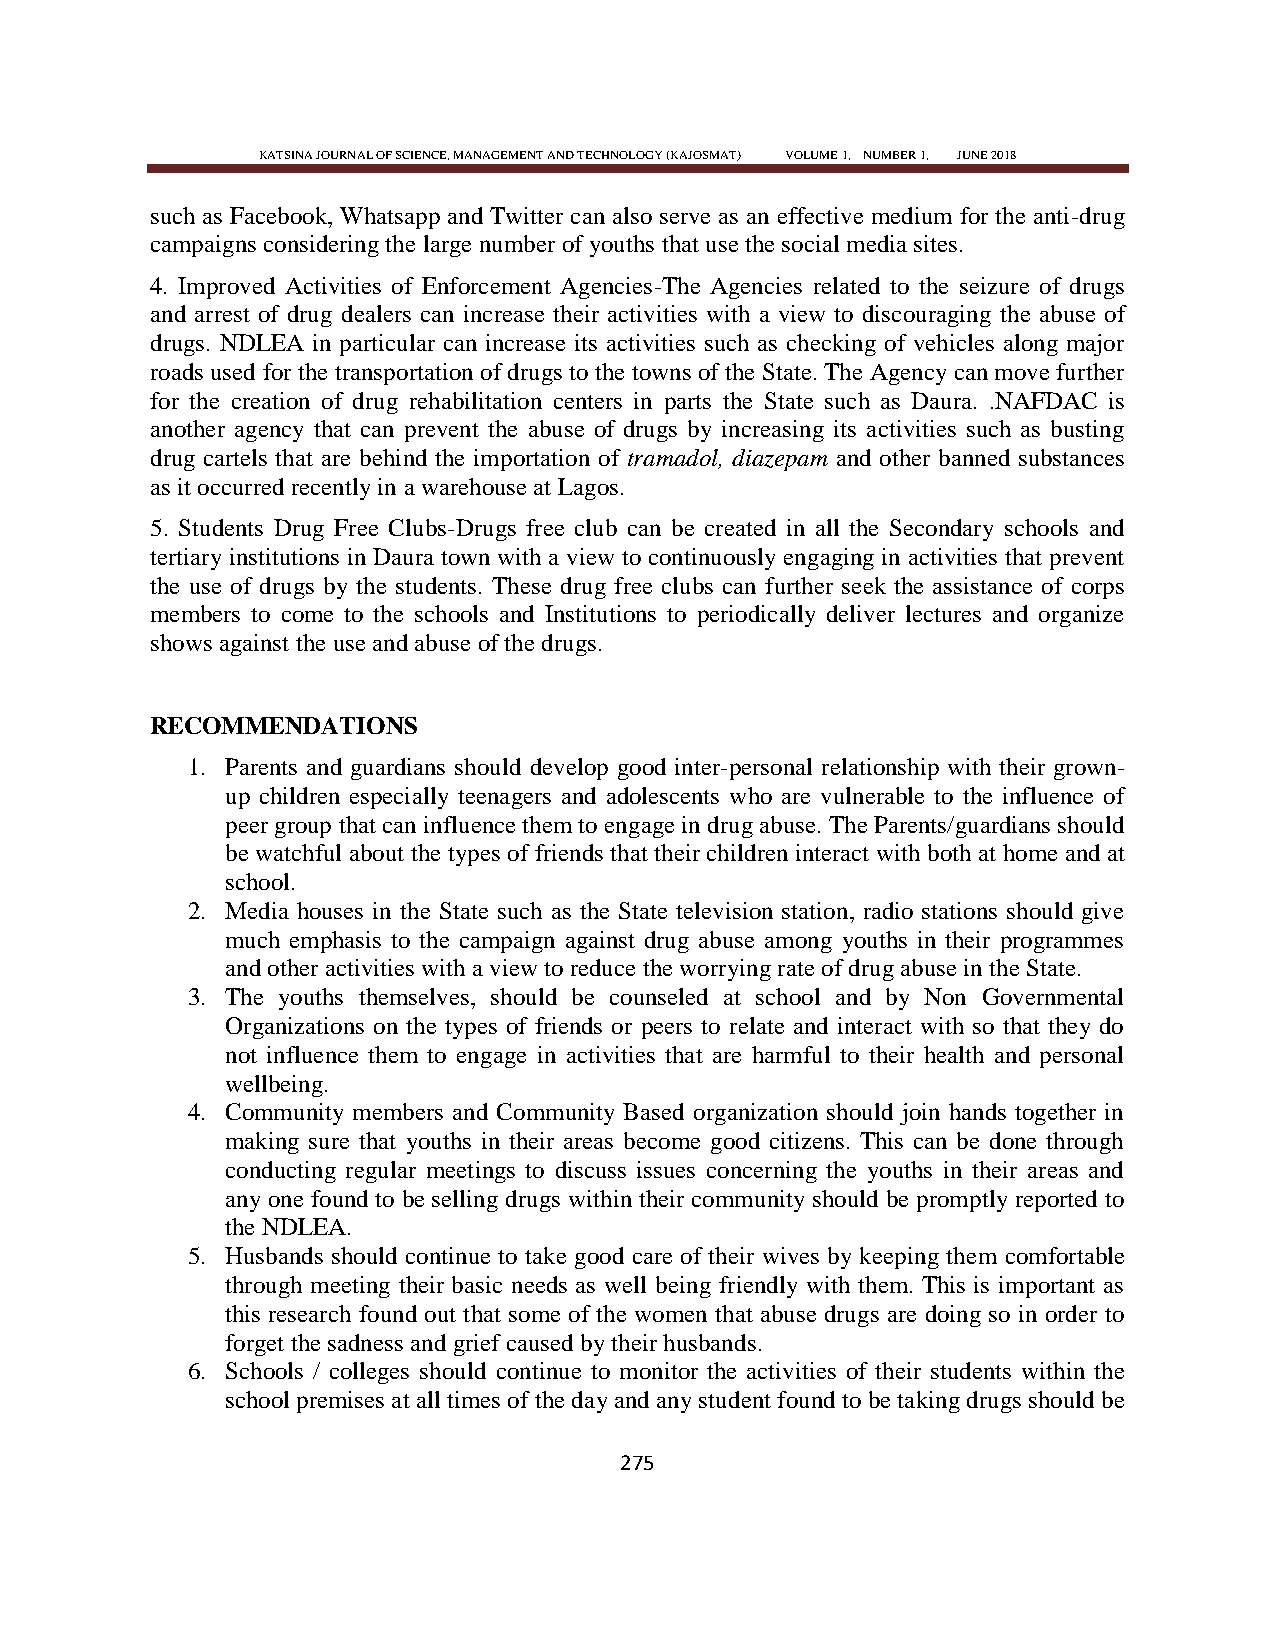
KATSINA JOURNAL OF SCIENCE, MANAGEMENT AND TECHNOLOGY (KAJOSMAT) VOLUME 1, NUMBER 1, JUNE 2018
 such as Facebook, Whatsapp and Twitter can also serve as an effective medium for the anti-drug
 campaigns considering the large number of youths that use the social media sites.
 4. Improved Activities of Enforcement Agencies-The Agencies related to the seizure of drugs
 and arrest of drug dealers can increase their activities with a view to discouraging the abuse of
 drugs. NDLEA in particular can increase its activities such as checking of vehicles along major
 roads used for the transportation of drugs to the towns of the State. The Agency can move further
 for the creation of drug rehabilitation centers in parts the State such as Daura. .NAFDAC is
 another agency that can prevent the abuse of drugs by increasing its activities such as busting
 drug cartels that are behind the importation of tramadol, diazepam and other banned substances
 as it occurred recently in a warehouse at Lagos.
 5. Students Drug Free Clubs-Drugs free club can be created in all the Secondary schools and
 tertiary institutions in Daura town with a view to continuously engaging in activities that prevent
 the use of drugs by the students. These drug free clubs can further seek the assistance of corps
 members to come to the schools and Institutions to periodically deliver lectures and organize
 shows against the use and abuse of the drugs.
 RECOMMENDATIONS
 1. Parents and guardians should develop good inter-personal relationship with their grown-
 up children especially teenagers and adolescents who are vulnerable to the influence of
 peer group that can influence them to engage in drug abuse. The Parents/guardians should
 be watchful about the types of friends that their children interact with both at home and at
 school.
 2. Media houses in the State such as the State television station, radio stations should give
 much emphasis to the campaign against drug abuse among youths in their programmes
 and other activities with a view to reduce the worrying rate of drug abuse in the State.
 3. The youths themselves, should be counseled at school and by Non Governmental
 Organizations on the types of friends or peers to relate and interact with so that they do
 not influence them to engage in activities that are harmful to their health and personal
 wellbeing.
 4. Community members and Community Based organization should join hands together in
 making sure that youths in their areas become good citizens. This can be done through
 conducting regular meetings to discuss issues concerning the youths in their areas and
 any one found to be selling drugs within their community should be promptly reported to
 the NDLEA.
 5. Husbands should continue to take good care of their wives by keeping them comfortable
 through meeting their basic needs as well being friendly with them. This is important as
 this research found out that some of the women that abuse drugs are doing so in order to
 forget the sadness and grief caused by their husbands.
 6. Schools / colleges should continue to monitor the activities of their students within the
 school premises at all times of the day and any student found to be taking drugs should be
 275